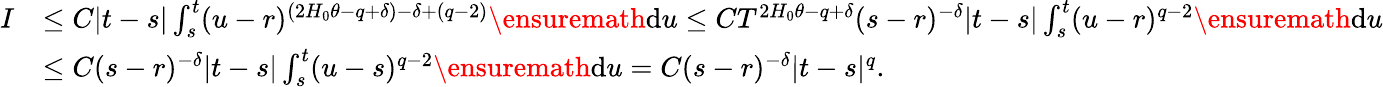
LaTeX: \begin{array}{rl}{I}&{\le C|t-s|\int_{s}^{t}(u-r)^{(2H_{0}\theta-q+\delta)-\delta+(q-2)}\ensuremath{\mathrm{d}}u\le CT^{2H_{0}\theta-q+\delta}(s-r)^{-\delta}|t-s|\int_{s}^{t}(u-r)^{q-2}\ensuremath{\mathrm{d}}u}\\ &{\le C(s-r)^{-\delta}|t-s|\int_{s}^{t}(u-s)^{q-2}\ensuremath{\mathrm{d}}u=C(s-r)^{-\delta}|t-s|^{q}.}\end{array}